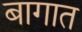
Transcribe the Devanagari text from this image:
बागात